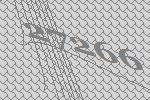
27266